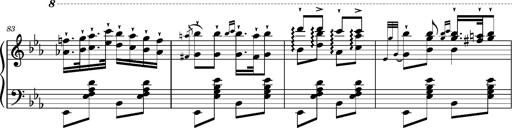
Title: Magyar rapszÃ³diÃ¡k
Composer: Franz Liszt